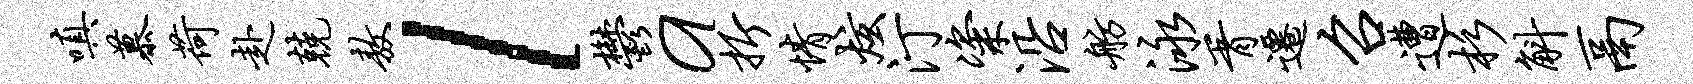
嗔慕荷赴兢敖l郁a折情炫汀粢沿舫泳胥迁召遭杉斛鬲